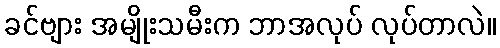
ခင်ဗျား အမျိုးသမီးက ဘာအလုပ် လုပ်တာလဲ။